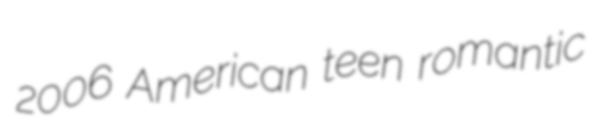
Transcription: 2006 American teen romantic